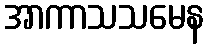
အာကာသသမေန